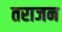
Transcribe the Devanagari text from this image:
तराजन